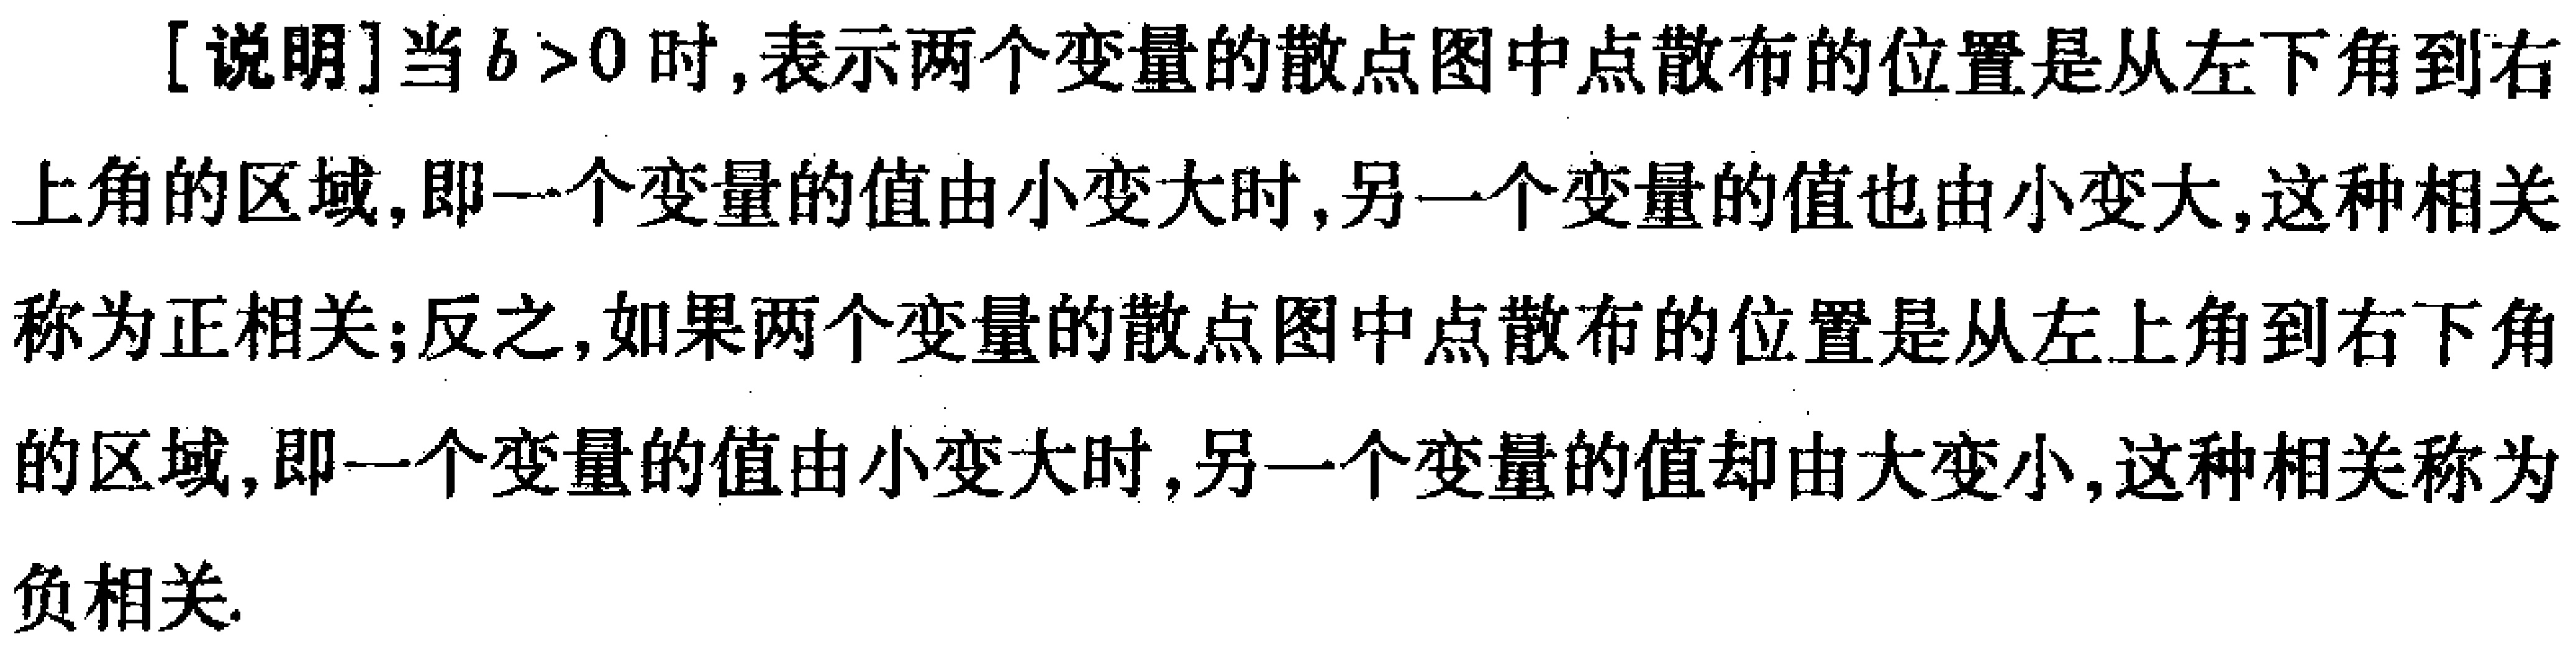
[说明]当$b > 0$时,表示两个变量的散点图中点散布的位置是从左下角到右上角的区域,即一个变量的值由小变大时,另一个变量的值也由小变大,这种相关称为正相关;反之,如果两个变量的散点图中点散布的位置是从左上角到右下角的区域,即一个变量的值由小变大时,另一个变量的值却由大变小,这种相关称为负相关.